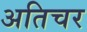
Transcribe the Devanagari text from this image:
अतिचर